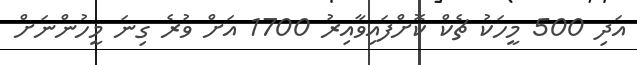
އަދި 500 މީހަކު ޗެކް ކޮށްފައިވާއިރު 1700 އަށް ވުރެ ގިނަ މީހުންނަށް